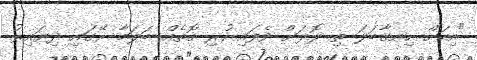
"އިހަށް ހިނގާބަލަ ތި ލޮލަށް ވެފައި ހުރި ގޮތެއް ބަލަމާ ރޭގައި ދިޔައިރު